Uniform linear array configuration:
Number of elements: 12
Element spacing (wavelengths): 0.75
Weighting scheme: hamming
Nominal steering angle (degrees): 15
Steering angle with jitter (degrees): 15.881
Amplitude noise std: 0.05
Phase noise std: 0.05

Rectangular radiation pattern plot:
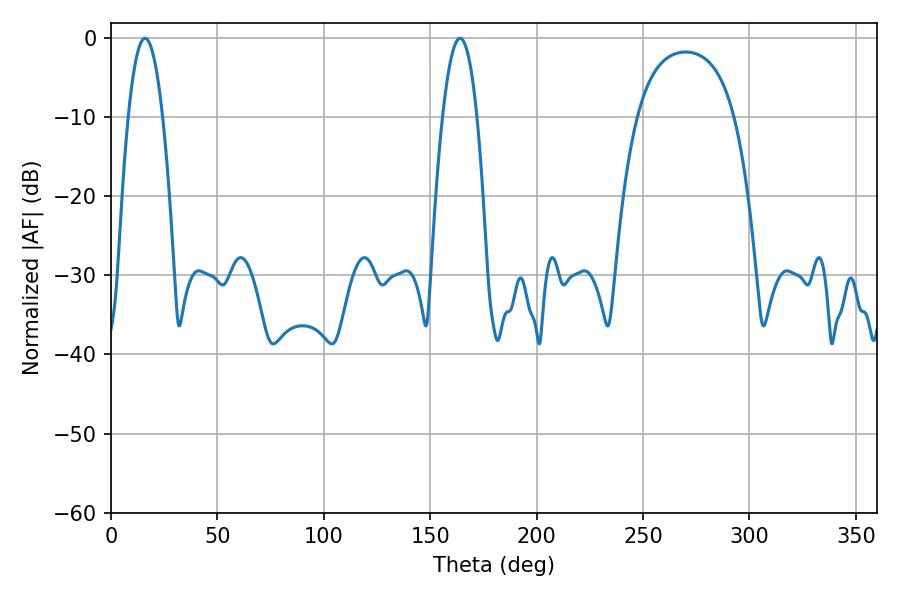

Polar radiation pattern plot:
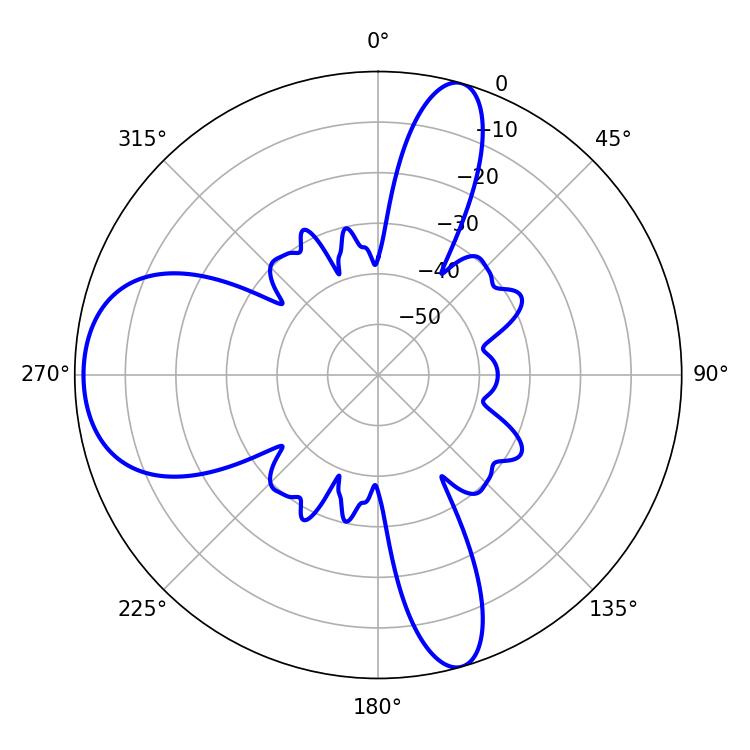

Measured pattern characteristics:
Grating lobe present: TRUE
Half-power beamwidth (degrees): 9
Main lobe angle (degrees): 16.02